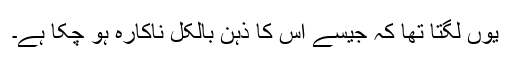
یوں لگتا تھا کہ جیسے اس کا ذہن بالکل ناکارہ ہو چکا ہے۔